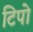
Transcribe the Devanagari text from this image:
टिपो